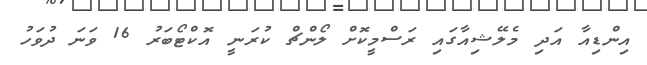
އިންޑިއާ އަދި މެލޭޝިއާގައި ރަސްމީކޮށް ލޯންޗް ކުރަނީ އޮކްޓޯބަރު 16 ވަނަ ދުވަހު